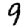
Digit: 9